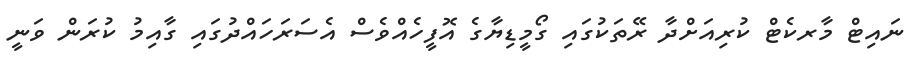
ނައިޓް މާރކެޓް ކުރިއަށްދާ ރޭތަކުގައި ގޯމީޑިޔާގެ އޮފީހެއްވެސް އެސަރަހައްދުގައި ގާއިމު ކުރަން ވަނީ